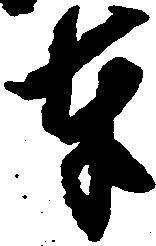
奉